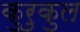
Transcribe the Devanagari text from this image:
कुरुकुल